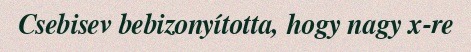
Csebisev bebizonyította, hogy nagy x-re